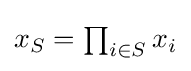
{\textstyle x_{S}=\prod _{i\in S}x_{i}}